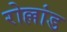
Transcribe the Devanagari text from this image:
रोल्लांड